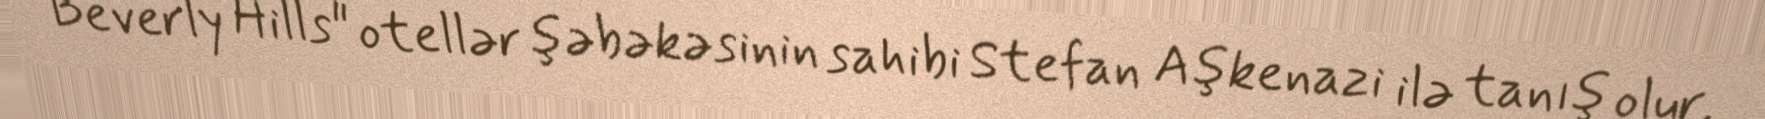
Beverly Hills" otellər şəbəkəsinin sahibi Stefan Aşkenazi ilə tanış olur.